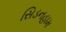
સિડનહામ